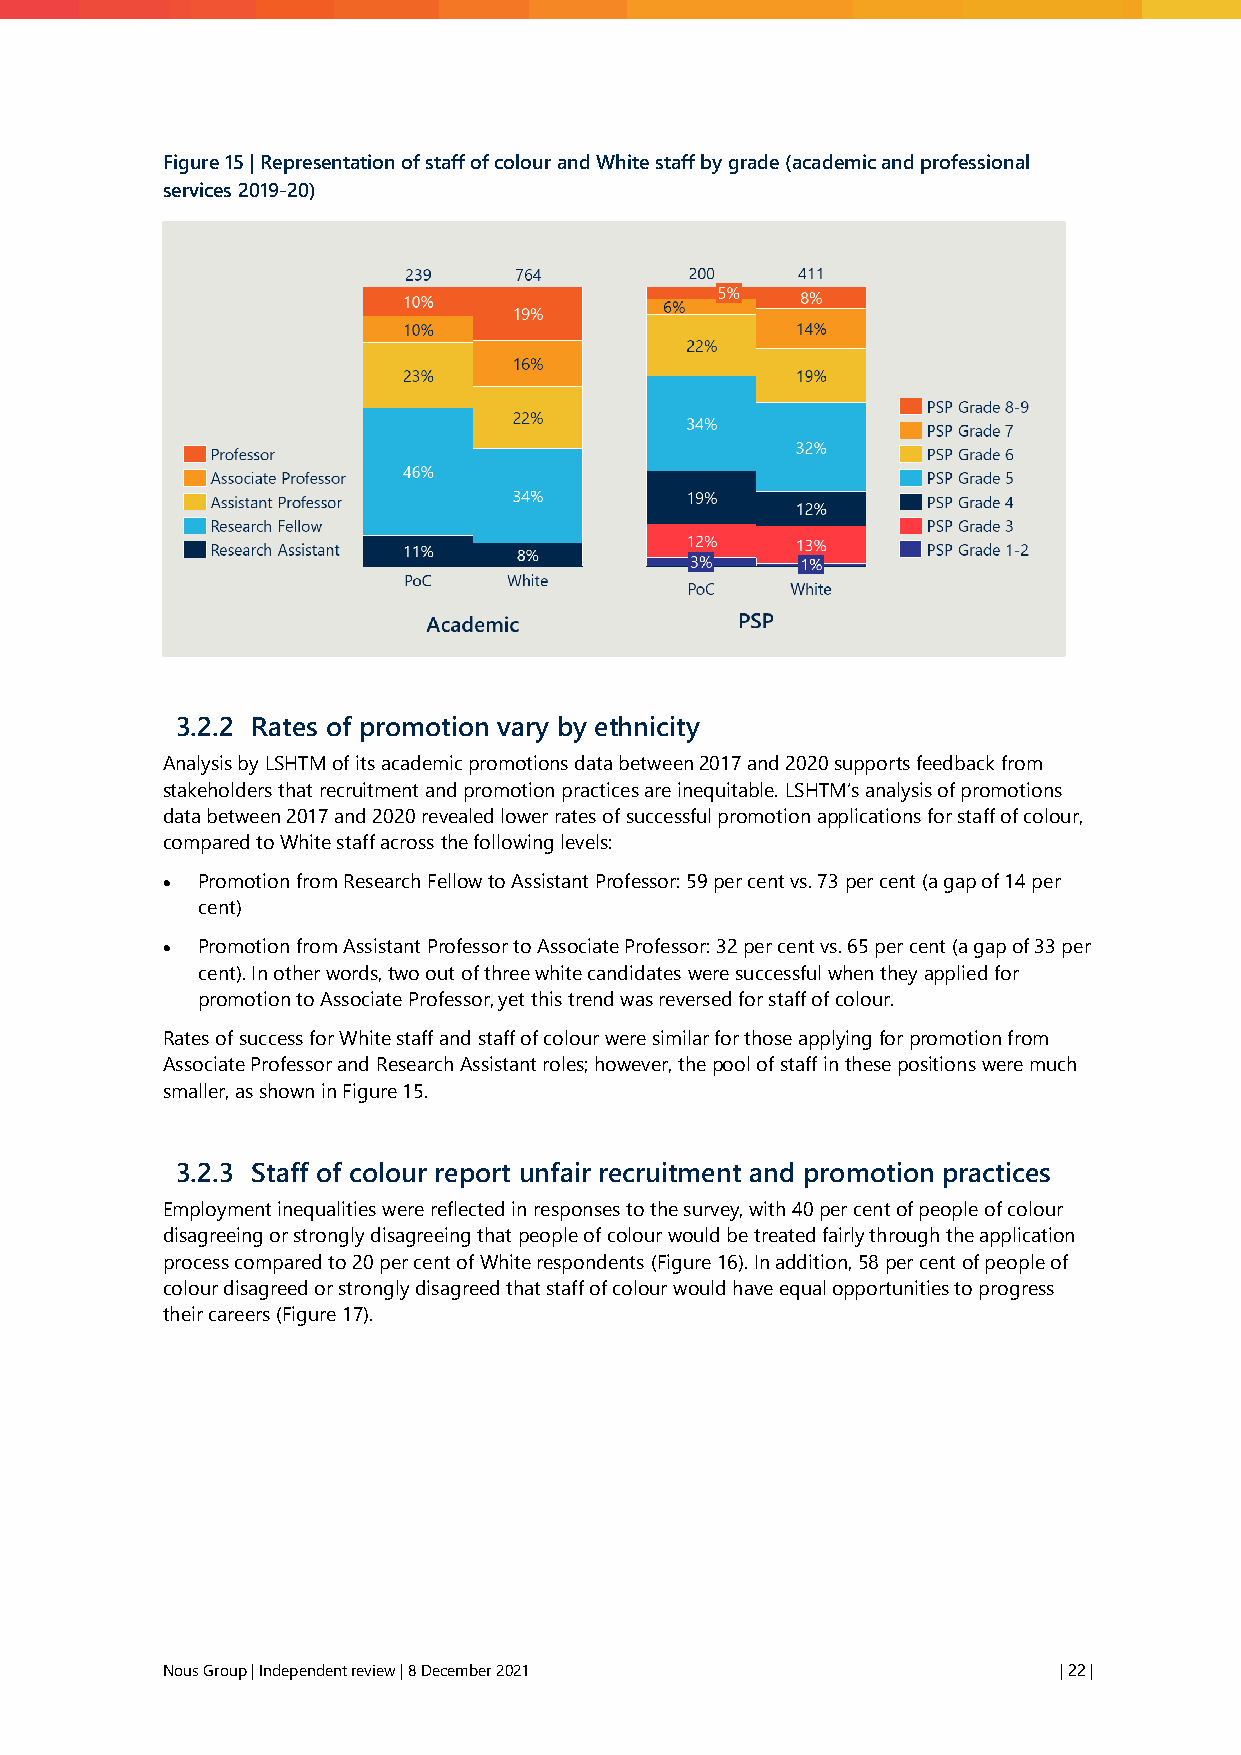
Figure 15 | Representation of staff of colour and White staff by grade (academic and professional
 services 2019-20)
 3.2.2 Rates of promotion vary by ethnicity
 Analysis by LSHTM of its academic promotions data between 2017 and 2020 supports feedback from
 stakeholders that recruitment and promotion practices are inequitable. LSHTM’s analysis of promotions
 data between 2017 and 2020 revealed lower rates of successful promotion applications for staff of colour,
 compared to White staff across the following levels:
 • Promotion from Research Fellow to Assistant Professor: 59 per cent vs. 73 per cent (a gap of 14 per
 cent)
 • Promotion from Assistant Professor to Associate Professor: 32 per cent vs. 65 per cent (a gap of 33 per
 cent). In other words, two out of three white candidates were successful when they applied for
 promotion to Associate Professor, yet this trend was reversed for staff of colour.
 Rates of success for White staff and staff of colour were similar for those applying for promotion from
 Associate Professor and Research Assistant roles; however, the pool of staff in these positions were much
 smaller, as shown in Figure 15.
 3.2.3 Staff of colour report unfair recruitment and promotion practices
 Employment inequalities were reflected in responses to the survey, with 40 per cent of people of colour
 disagreeing or strongly disagreeing that people of colour would be treated fairly through the application
 process compared to 20 per cent of White respondents (Figure 16). In addition, 58 per cent of people of
 colour disagreed or strongly disagreed that staff of colour would have equal opportunities to progress
 their careers (Figure 17).
 Nous Group | Independent review | 8 December 2021          | 22 |